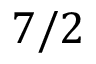
7 / 2